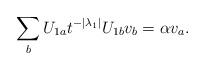
LaTeX: \begin{align*}\sum\limits_{b} U_{1a} t^{-|\lambda_1|} U_{1b} v_b = \alpha v_a.\end{align*}